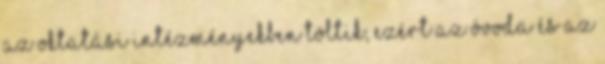
az oktatási intézményekben töltik, ezért az óvoda és az